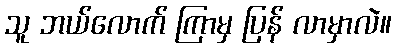
သူ ဘယ်လောက် ကြာမှ ပြန် လာမှာလဲ။